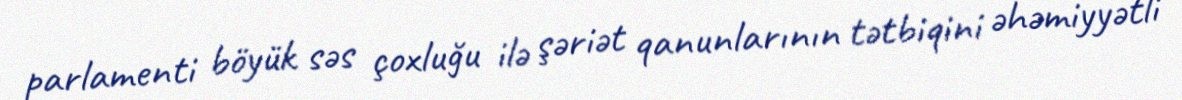
parlamenti böyük səs çoxluğu ilə şəriət qanunlarının tətbiqini əhəmiyyətli